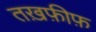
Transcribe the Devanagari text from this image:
तख़फ़ीफ़